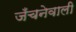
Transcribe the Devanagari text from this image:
जँचनेवाली